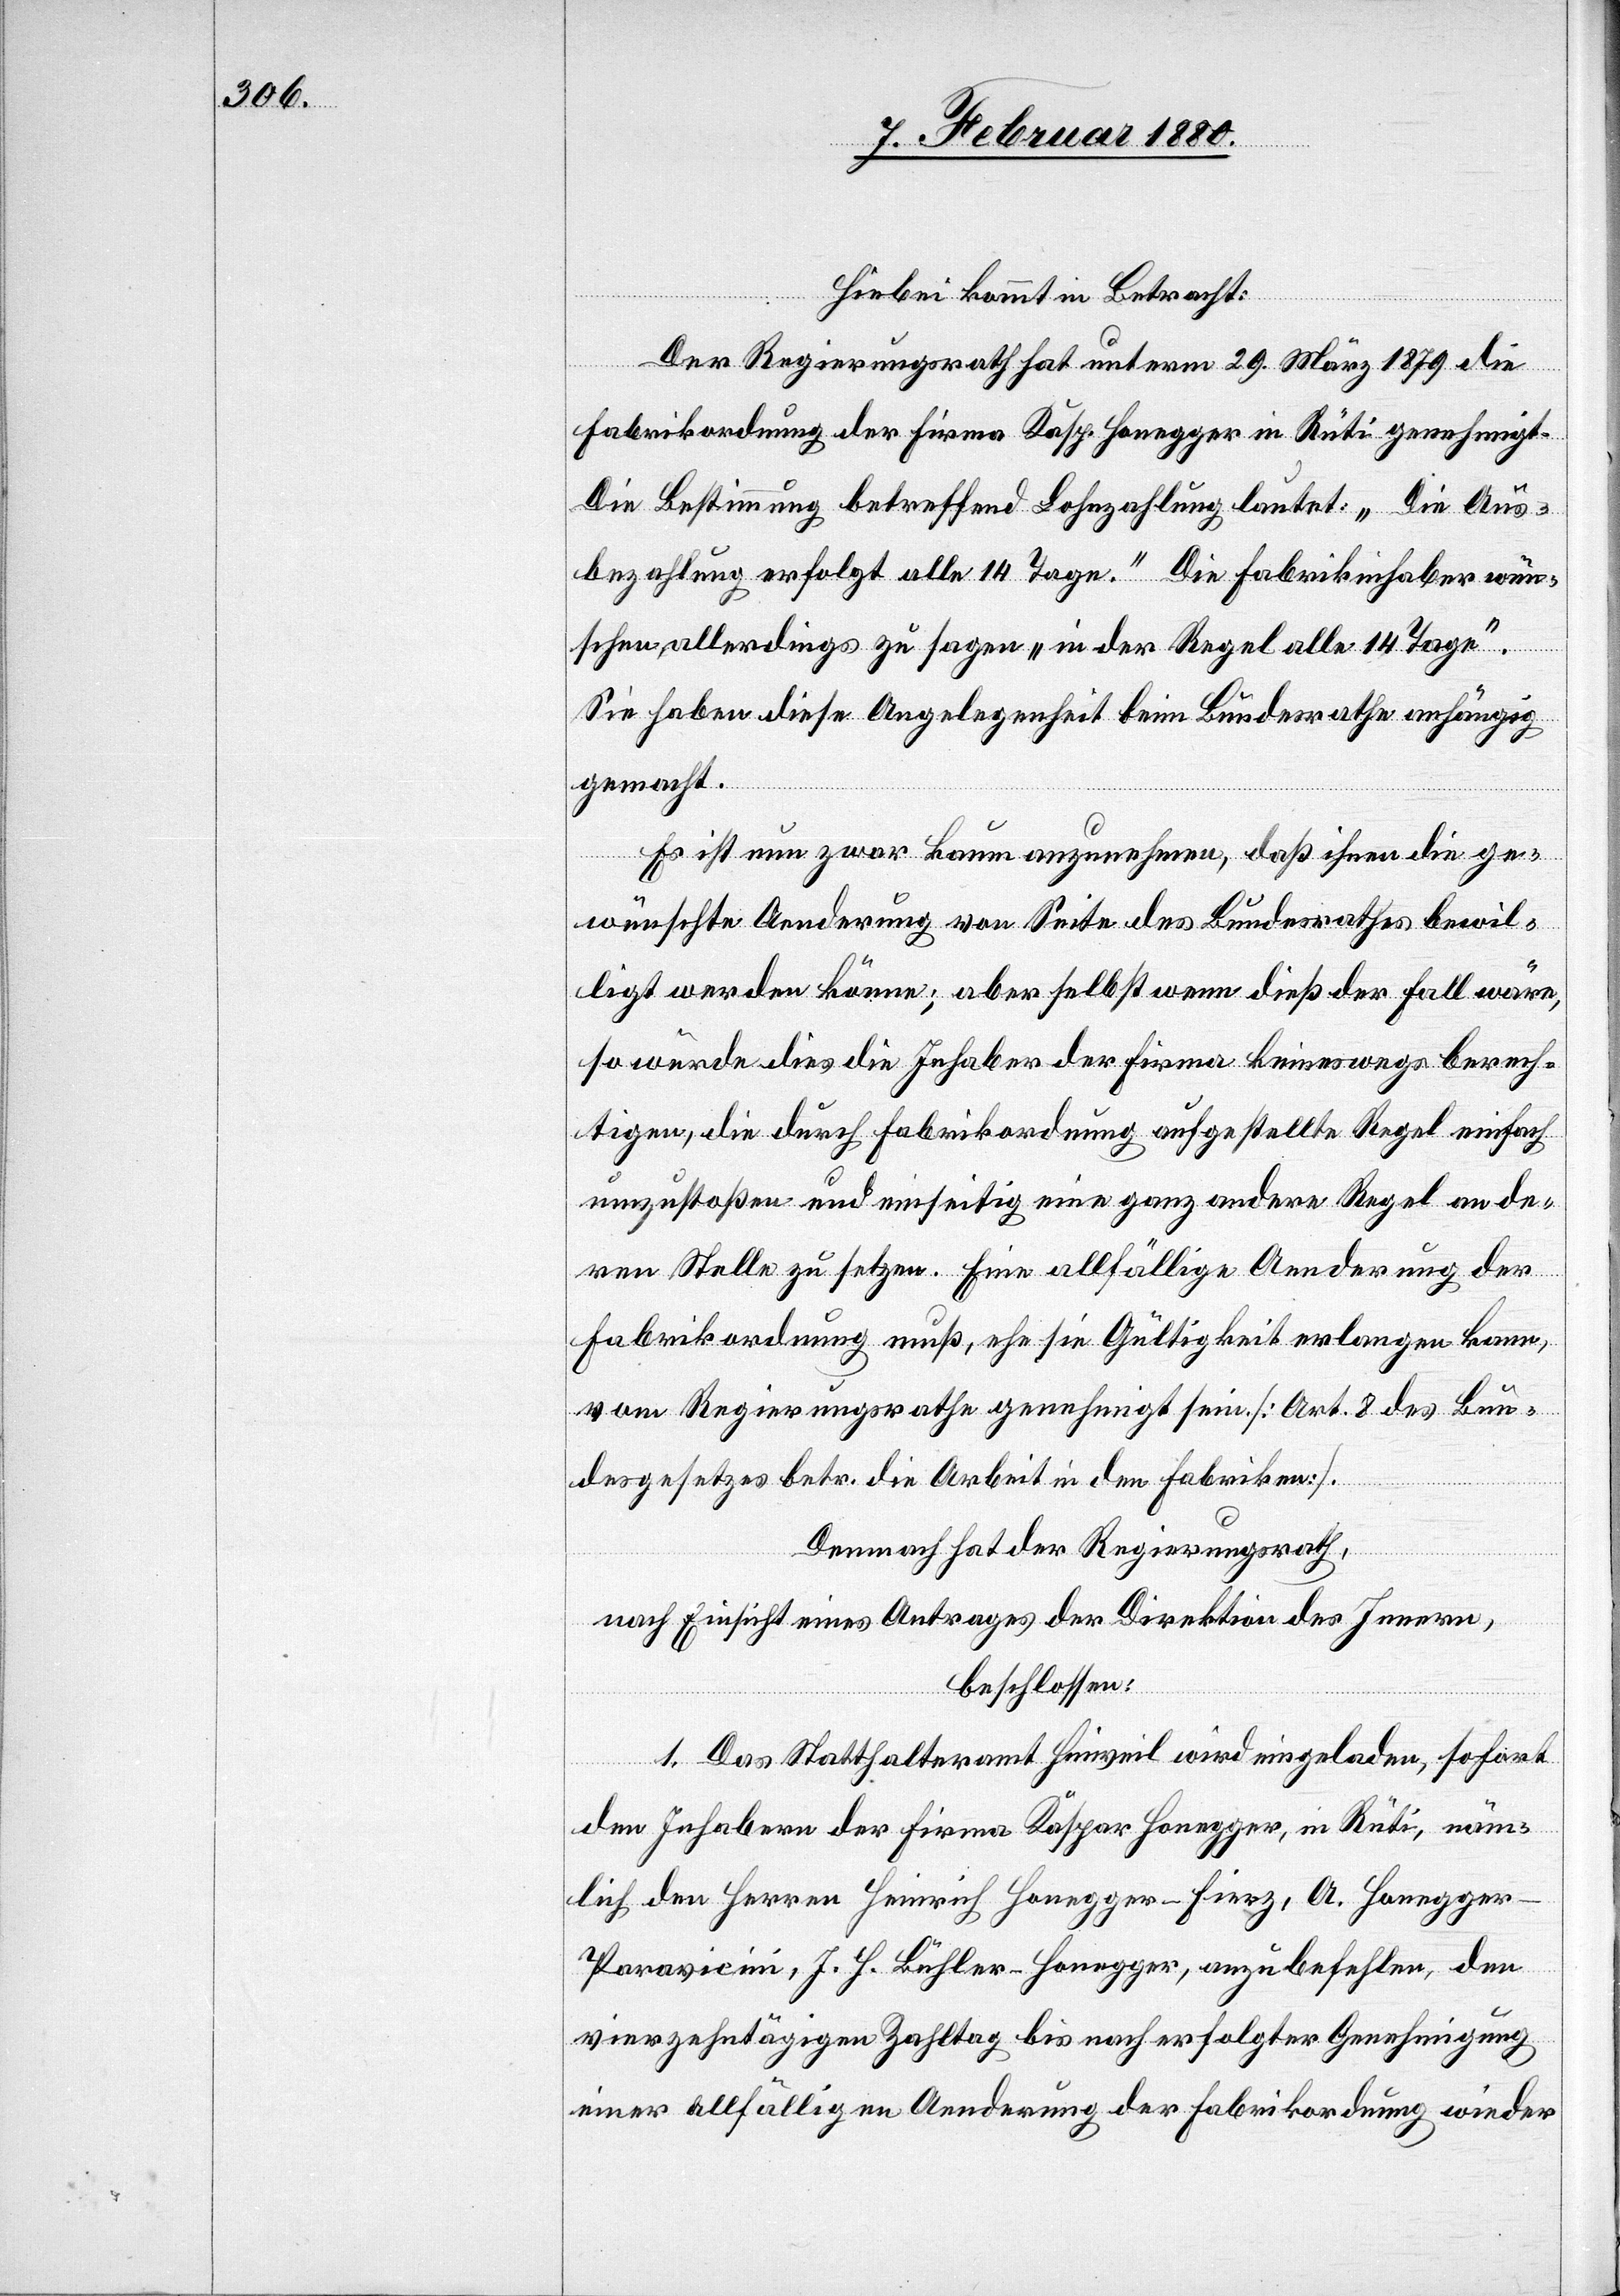
Hiebei kommt in Betracht:
Der Regierungsrath hat unterm 29. März 1879 die
Fabrikordnung der Firma Kasp. Honegger in Rüti genehmigt.
Die Bestimmung betreffend Lohnzahlung lautet: „Die Aus¬
bezahlung erfolgt alle 14 Tage.“ Die Fabrikinhaber wün¬
schen allerdings zu sagen: „in der Regel alle 14 Tage“.
Sie haben diese Angelegenheit beim Bundesrathe anhängig
gemacht.
Es ist nun zwar kaum anzunehmen, daß ihnen die ge¬
wünschte Aenderung von Seite des Bundesrathes bewil¬
ligt werden könne; aber selbst wenn dieß der Fall wäre,
so würde dies die Inhaber der Firma keineswegs berech¬
tigen, die durch Fabrikordnung aufgestellte Regel einfach
umzustoßen und einseitig eine ganz andere Regel an de¬
ren Stelle zu setzen. Eine allfällige Aenderung der
Fabrikordnung muß, ehe sie Gültigkeit erlangen kann,
vom Regierungsrathe genehmigt sein [Art. 8 des Bun¬
desgesetzes betr. die Arbeit in den Fabriken].
Demnach hat der Regierungsrath,
nach Einsicht eines Antrages der Direktion des Innern,
beschlossen:
1. Das Statthalteramt Hinweil wird eingeladen, sofort
den Inhabern der Firma Kaspar Honegger, in Rüti, näm¬
lich den Herren Heinrich Honegger-Fierz, A. Honegge¬
r-Paravicini, J. H. Bühler-Honegger, anzubefehlen, den
vierzehntägigen Zahltag bis nach erfolgter Genehmigung
einer allfälligen Aenderung der Fabrikordnung wieder